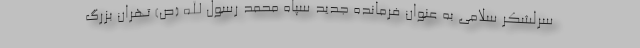
سرلشکر سلامی به عنوان فرمانده جدید سپاه محمد رسول الله (ص) تهران بزرگ